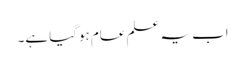
اب یہ علم عام ہوگیا ہے۔